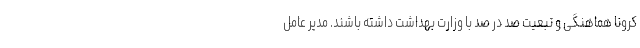
کرونا هماهنگی و تبعیت صد در صد با وزارت بهداشت داشته باشند. مدیر عامل